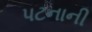
પટનાની